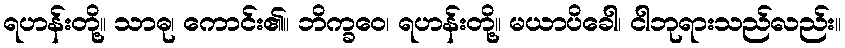
ရဟန်းတို့။ သာဓု၊ ကောင်း၏။ ဘိက္ခဝေ၊ ရဟန်းတို့။ မယာပိခေါ၊ ငါဘုရားသည်လည်း။